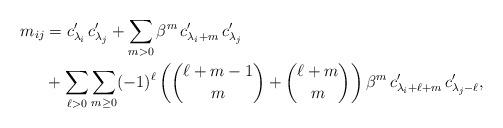
LaTeX: \begin{align*} m_{ij} &= c'_{\lambda_i}\,c'_{\lambda_j} + \sum_{m>0} \beta^m\, c'_{\lambda_i+m}\,c'_{\lambda_j} \\ & + \sum_{\ell>0} \sum_{m\geq 0} (-1)^\ell \left( \binom{\ell+m-1}{m} + \binom{\ell+m}{m} \right) \beta^m \, c'_{\lambda_i+\ell+m}\, c'_{\lambda_j-\ell} , \end{align*}